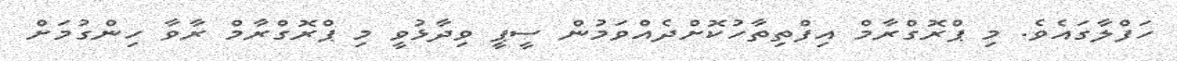
ހަފްލާގައެވެ. މި ޕްރޮގްރާމް އިފްތިތާހުކޮށްދެއްވަމުން ސީޕީ ވިދާޅުވީ މި ޕްރޮގްރާމް ރާވާ ހިންގުމަށް